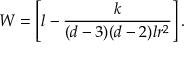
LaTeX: W = \left[ l - \frac { k } { ( d - 3 ) ( d - 2 ) l r ^ { 2 } } \right] .